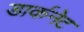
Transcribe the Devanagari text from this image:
डार्कनेट